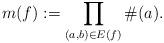
LaTeX: \begin{align*}m(f):= \prod_{(a,b) \in E(f)} \#(a).\end{align*}